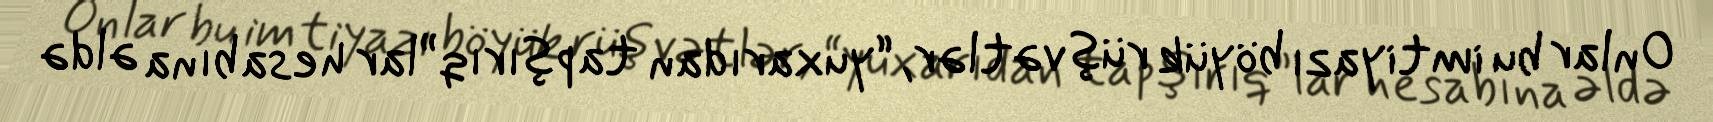
Onlar bu imtiyazı böyük rüşvətlər, “yuxarıdan tapşırıq”lar hesabına əldə